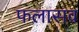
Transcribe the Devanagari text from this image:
फलासव